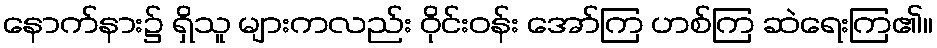
နောက်နား၌ ရှိသူ များကလည်း ဝိုင်းဝန်း အော်ကြ ဟစ်ကြ ဆဲရေးကြ၏။